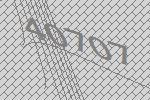
40707